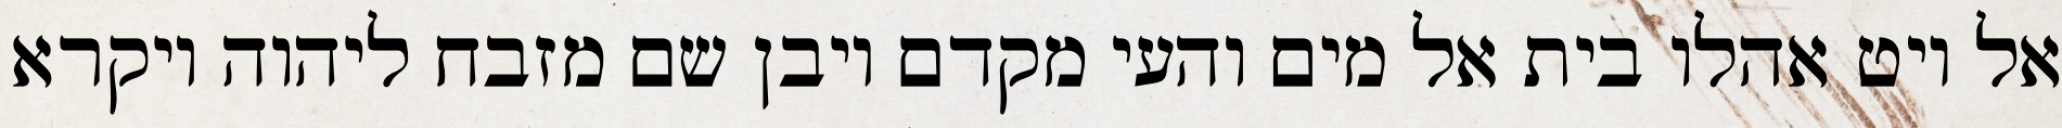
אל ויט אהלו בית אל מים והעי מקדם ויבן שם מזבח ליהוה ויקרא